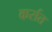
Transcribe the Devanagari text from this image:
कर्रात